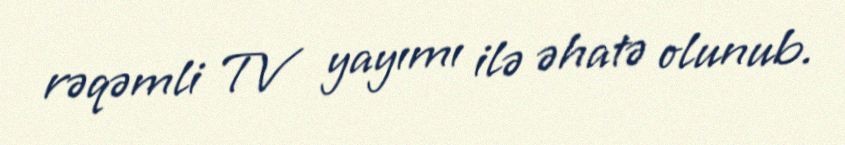
rəqəmli TV yayımı ilə əhatə olunub.